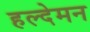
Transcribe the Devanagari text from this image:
हल्देमन